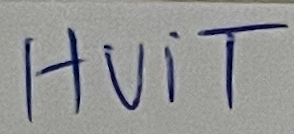
HUIT